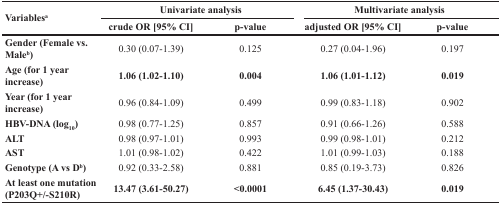
| Variablesa | <COLSPAN=2> Univariate analysis | <COLSPAN=2> Multivariate analysis |
 |  | crude OR [95% CI] | p-value | adjusted OR [95% CI] | p-value |
 | --- | --- | --- | --- | --- |
 | Gender (Female vs. Maleb) | 0.30 (0.07-1.39) | 0.125 | 0.27 (0.04-1.96) | 0.197 |
 | Age (for 1 year increase) | 1.06 (1.02-1.10) | 0.004 | 1.06 (1.01-1.12) | 0.019 |
 | Year (for 1 year increase) | 0.96 (0.84-1.09) | 0.499 | 0.99 (0.83-1.18) | 0.902 |
 | HBV-DNA (log10) | 0.98 (0.77-1.25) | 0.857 | 0.91 (0.66-1.26) | 0.588 |
 | ALT | 0.98 (0.97-1.01) | 0.993 | 0.99 (0.98-1.01) | 0.212 |
 | AST | 1.01 (0.98-1.02) | 0.422 | 1.01 (0.99-1.03) | 0.188 |
 | Genotype (A vs Db) | 0.92 (0.33-2.58) | 0.881 | 0.85 (0.19-3.73) | 0.826 |
 | At least one mutation (P203Q+/−S210R) | 13.47 (3.61-50.27) | <0.0001 | 6.45 (1.37-30.43) | 0.019 |